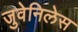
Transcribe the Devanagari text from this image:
जुवेनिलेस